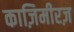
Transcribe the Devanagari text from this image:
काज़िमीरज़